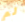
لم